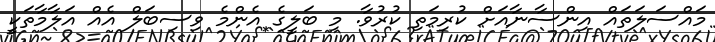
މައްސަލަތައް އިންސާނާއަށް ކުރިމަތި ކުރުވާ. މި ބަލީގެ އެންމެ ވިސިބަލް އެއް އަލާމާތަކީ